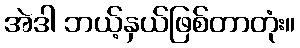
အဲဒါ ဘယ့်နှယ်ဖြစ်တာတုံး။